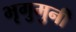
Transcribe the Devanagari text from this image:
भृगुमुनी